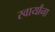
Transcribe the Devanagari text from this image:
स्वार्यांना